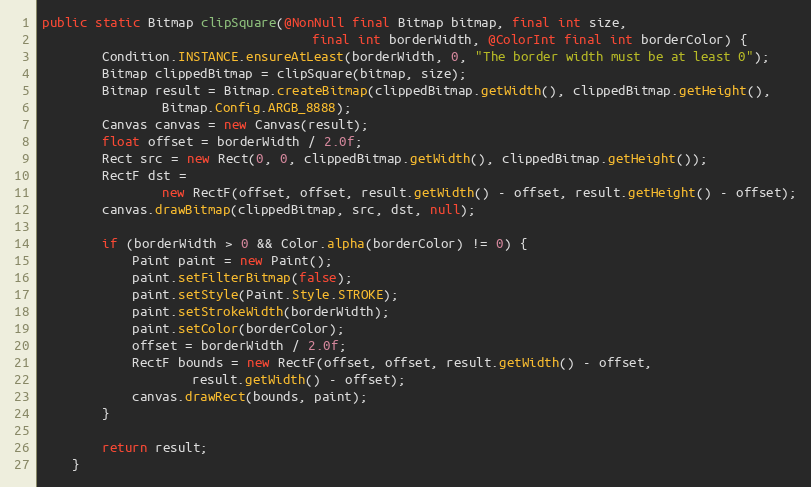
Language: Java
public static Bitmap clipSquare(@NonNull final Bitmap bitmap, final int size,
                                    final int borderWidth, @ColorInt final int borderColor) {
        Condition.INSTANCE.ensureAtLeast(borderWidth, 0, "The border width must be at least 0");
        Bitmap clippedBitmap = clipSquare(bitmap, size);
        Bitmap result = Bitmap.createBitmap(clippedBitmap.getWidth(), clippedBitmap.getHeight(),
                Bitmap.Config.ARGB_8888);
        Canvas canvas = new Canvas(result);
        float offset = borderWidth / 2.0f;
        Rect src = new Rect(0, 0, clippedBitmap.getWidth(), clippedBitmap.getHeight());
        RectF dst =
                new RectF(offset, offset, result.getWidth() - offset, result.getHeight() - offset);
        canvas.drawBitmap(clippedBitmap, src, dst, null);

        if (borderWidth > 0 && Color.alpha(borderColor) != 0) {
            Paint paint = new Paint();
            paint.setFilterBitmap(false);
            paint.setStyle(Paint.Style.STROKE);
            paint.setStrokeWidth(borderWidth);
            paint.setColor(borderColor);
            offset = borderWidth / 2.0f;
            RectF bounds = new RectF(offset, offset, result.getWidth() - offset,
                    result.getWidth() - offset);
            canvas.drawRect(bounds, paint);
        }

        return result;
    }